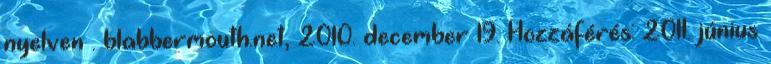
nyelven . blabbermouth.net, 2010. december 19. Hozzáférés: 2011. június